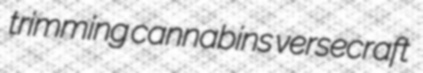
trimming cannabins versecraft